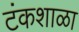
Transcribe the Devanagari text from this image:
टंकशाळा